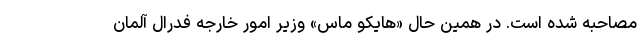
مصاحبه شده است. در همین حال «هایکو ماس» وزیر امور خارجه فدرال آلمان